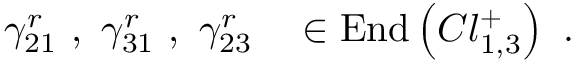
\gamma _ { 2 1 } ^ { r } ~ , ~ \gamma _ { 3 1 } ^ { r } ~ , ~ \gamma _ { 2 3 } ^ { r } ~ ~ ~ \in \mathrm { E n d } \left( C l _ { 1 , 3 } ^ { + } \right) ~ .